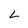
Character: L